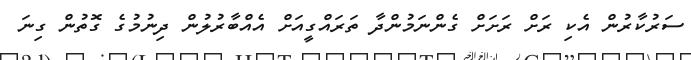
ސަރުކާރުން އެކި ރަށް ރަށަށް ގެންނަމުންދާ ތަރައްގީއަށް އެއްބާރުލުން ދިނުމުގެ ގޮތުން ގިނަ